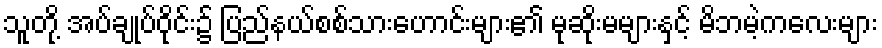
သူတို့ အပ်ချုပ်ဝိုင်း၌ ပြည်နယ်စစ်သားဟောင်းများ၏ မုဆိုးမများနှင့် မိဘမဲ့ကလေးများ